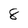
Character: 8